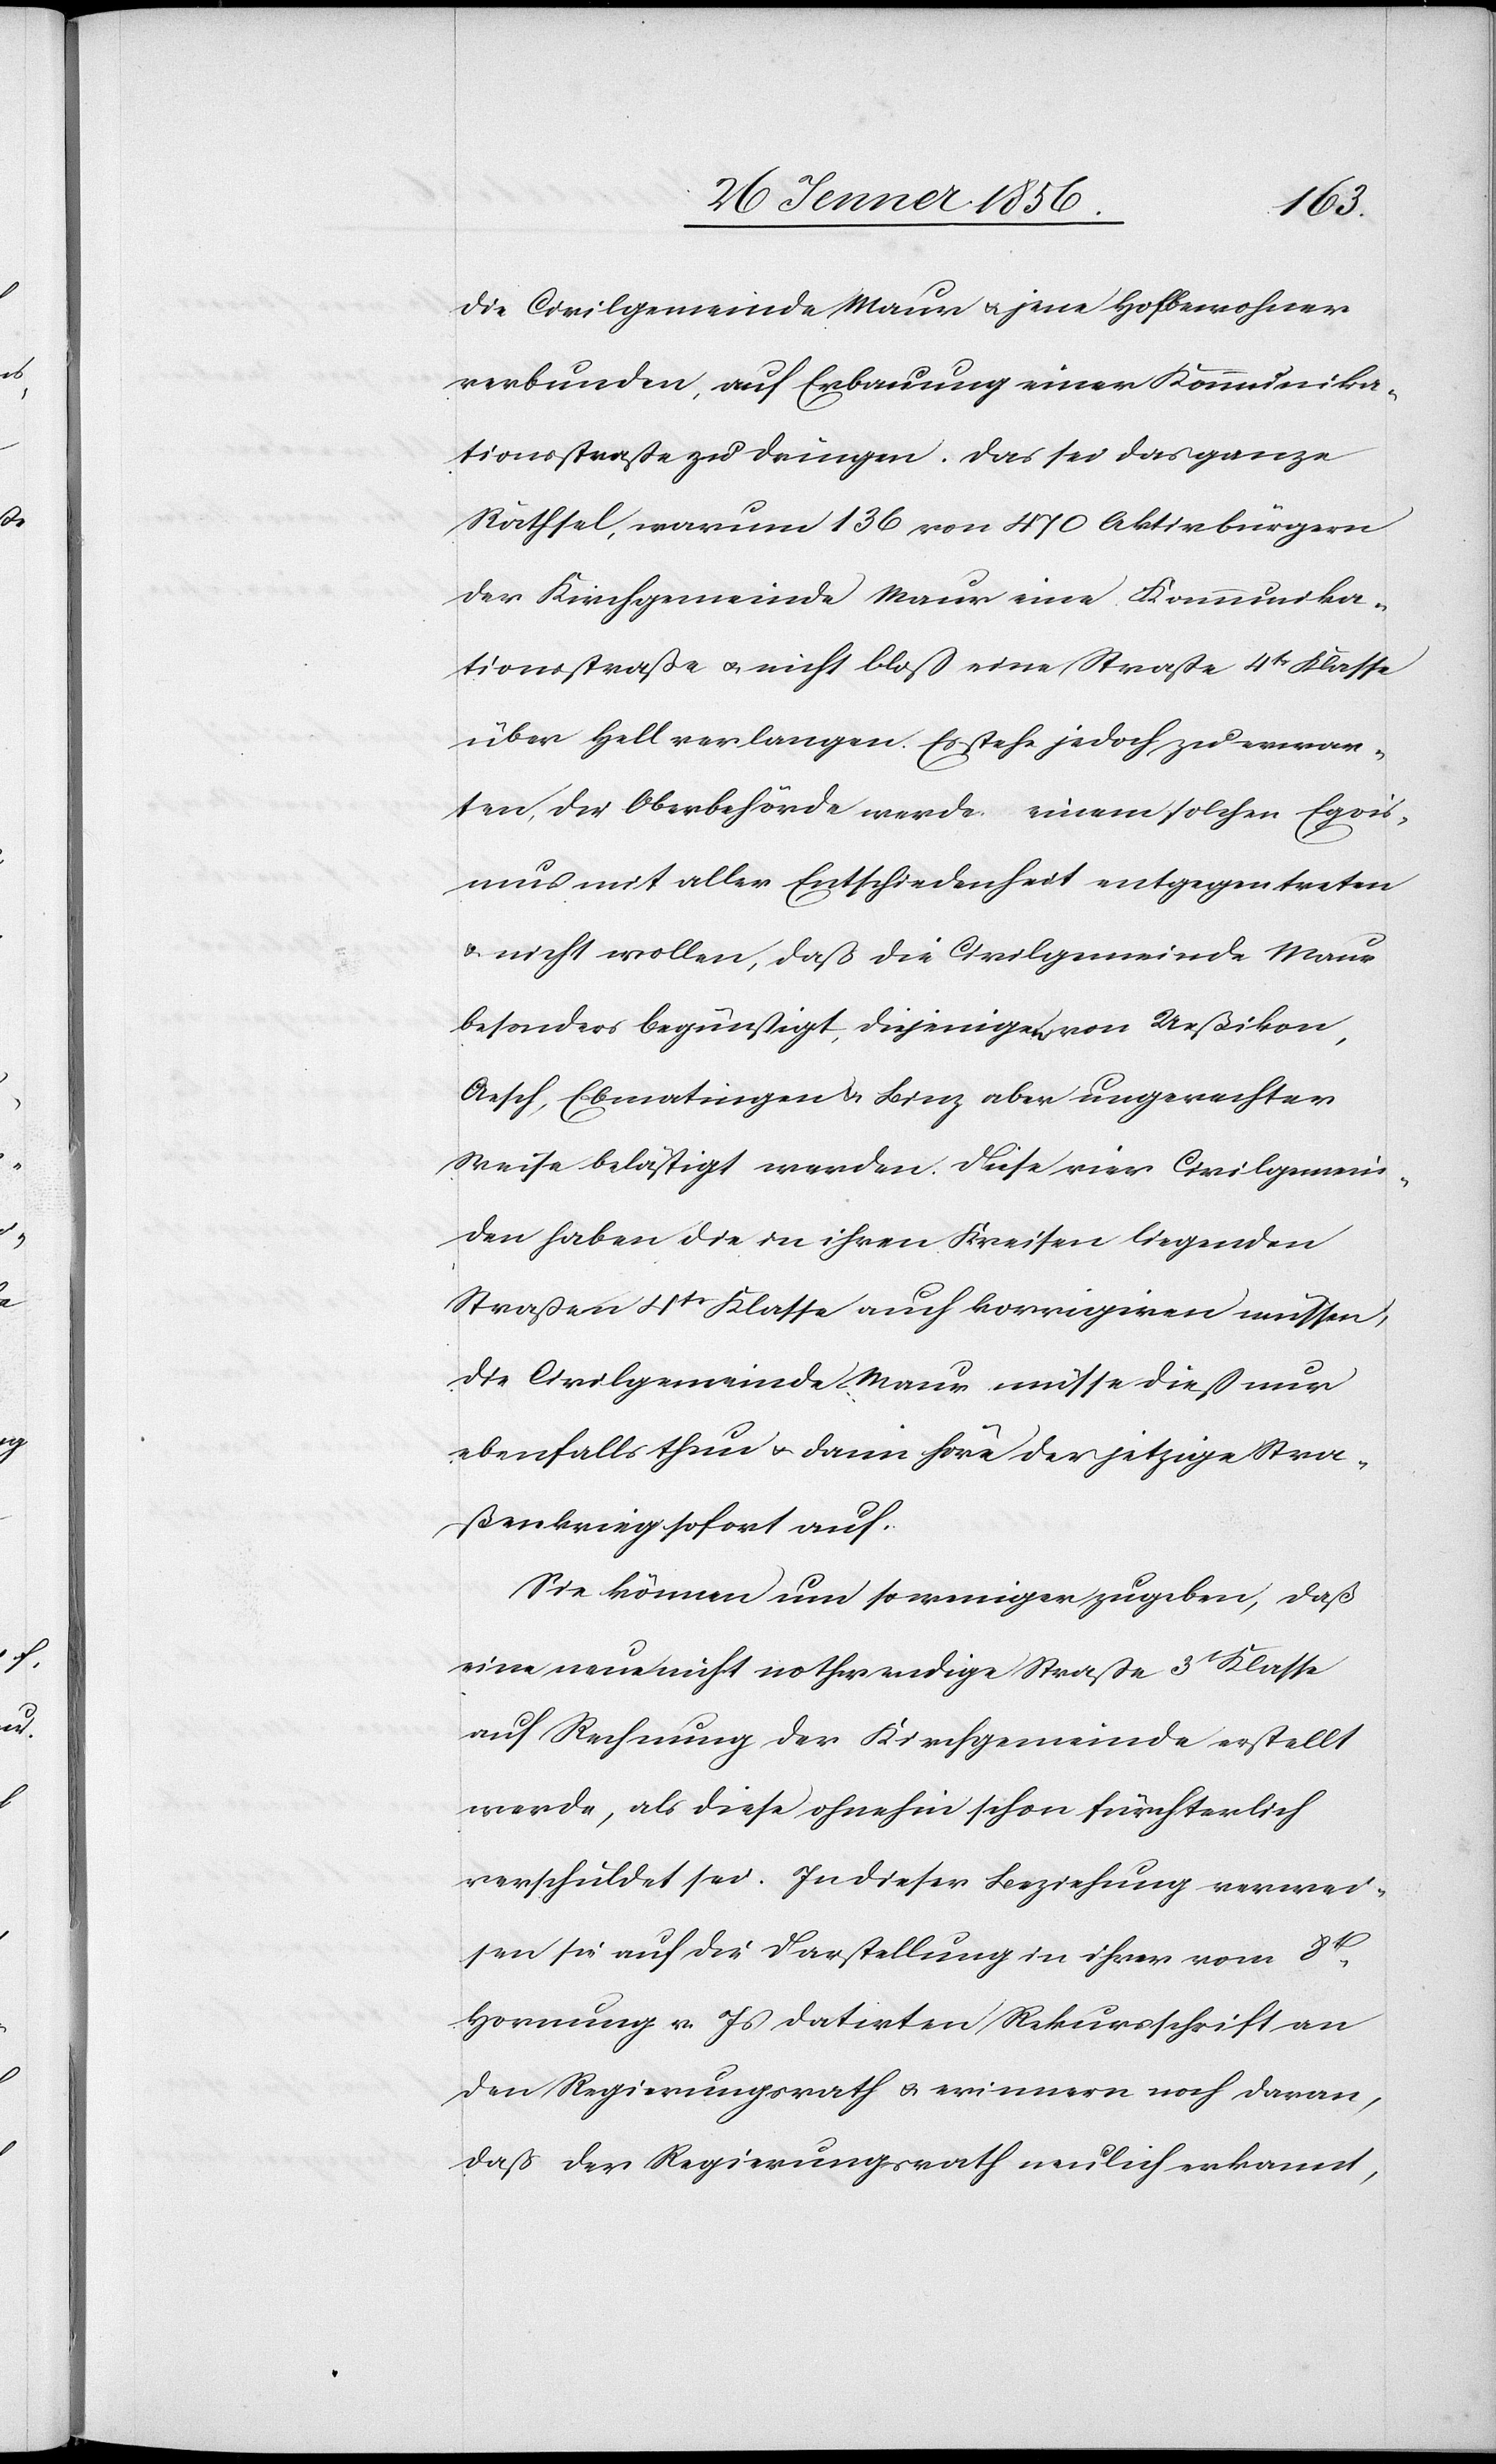
die Civilgemeinde Maur u. jene Hofbewohner
verbunden, auf Erbauung einer Kommunika¬
tionsstraße zu dringen. Das sei das ganze
Räthsel, warum 136 von 470 Aktivbürgern
der Kirchgemeinde Maur eine Kommunika¬
tionsstraße u. nicht bloß eine Straße 4tr Klasse
über Hell verlangen. Es stehe jedoch zu erwar¬
ten, die Oberbehörde werde einem solchen Egois¬
mus mit aller Entschiedenheit entgegen treten
u. nicht wollen, daß die Civilgemeinde Maur
besonders begünstigt, diejenigen von Ueßikon,
Aesch, Ebmatingen u. Binz aber ungerechter
Weise belästigt werden. Diese vier Civilgemein¬
den haben die in ihren Kreisen liegenden
Straßen 4tr Klasse auch korrigiren müssen;
die Civilgemeinde Maur müsse dieß nur
ebenfalls thun u. dann höre der jetzige Stra¬
ßenkrieg sofort auf.
Sie können um so weniger zugeben, daß
eine neue nicht nothwendige Straße 3t Klasse
auf Rechnung der Kirchgemeinde erstellt
werde, als diese ohnehin schon fürchterlich
verschuldet sei. In dieser Beziehung verwei¬
sen sie auf die Darstellung in ihrer vom 8t
Hornung v. Js datirten Rekursschrift an
den Regierungsrath u. erinnern noch daran,
daß der Regierungsrath neulich erkannt,